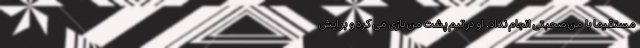
مستقیما با من صحبتی انجام نداد. او در تیم پشت من بازی می کرد و برایش